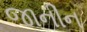
જાનીન